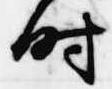
時